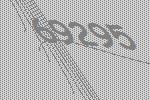
69295